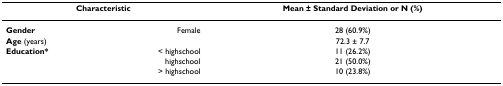
| <COLSPAN=2> Characteristic | Mean ± Standard Deviation or N (%) |
 | --- | --- | --- |
 | Gender | Female | 28 (60.9%) |
 | Age (years) |  | 72.3 ± 7.7 |
 | Education* | < highschool | 11 (26.2%) |
 |  | highschool | 21 (50.0%) |
 |  | > highschool | 10 (23.8%) |